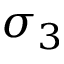
\sigma _ { 3 }